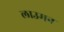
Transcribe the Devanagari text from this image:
लाउमन